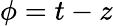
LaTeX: \phi=t-z